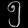
Digit: ၅